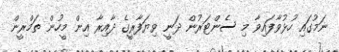
ނަމުގައި ހުޅުވާފައިވާ މި ސެންޓަރުން ދަނީ ވިޔަފާރީގެ ދާއިރާ އިން މީހުން ތަމްރީން